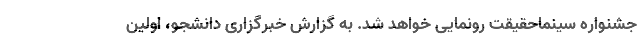
جشنواره سینماحقیقت رونمایی خواهد شد. به گزارش خبرگزاری دانشجو، اولین